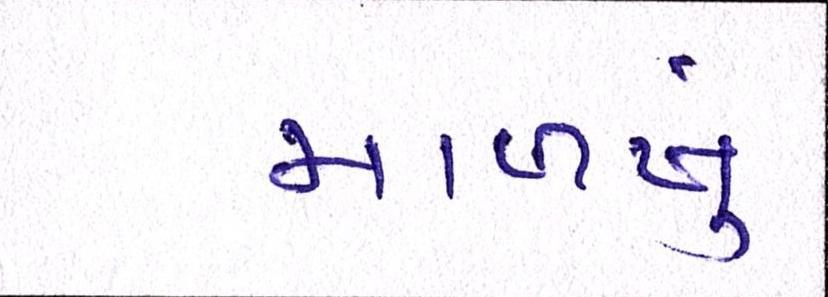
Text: માળખું